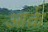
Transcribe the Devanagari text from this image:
आर्क़